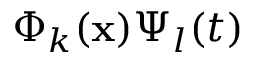
\Phi _ { k } ( \mathbf { x } ) \Psi _ { l } ( t )